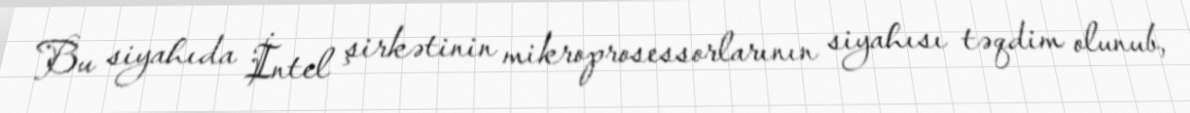
Bu siyahıda İntel şirkətinin mikroprosessorlarının siyahısı təqdim olunub,